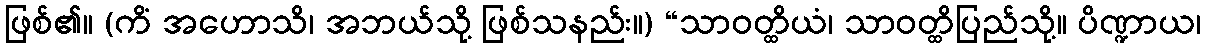
ဖြစ်၏။ (ကိံ အဟောသိ၊ အဘယ်သို့ ဖြစ်သနည်း။) “သာဝတ္ထိယံ၊ သာဝတ္ထိပြည်သို့။ ပိဏ္ဍာယ၊